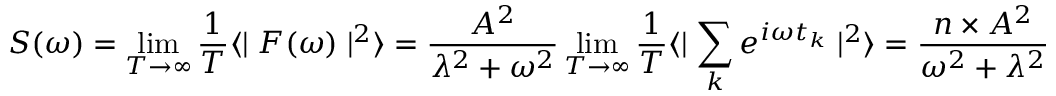
S ( \omega ) = \operatorname* { l i m } _ { T \to \infty } \frac { 1 } { T } \langle \mid F ( \omega ) \mid ^ { 2 } \rangle = \frac { A ^ { 2 } } { \lambda ^ { 2 } + \omega ^ { 2 } } \operatorname* { l i m } _ { T \to \infty } \frac { 1 } { T } \langle \mid \sum _ { k } ^ { } e ^ { i \omega t _ { k } } \mid ^ { 2 } \rangle = \frac { n \times A ^ { 2 } } { \omega ^ { 2 } + \lambda ^ { 2 } }